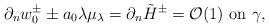
LaTeX: \begin{align*}\partial_n w_0^\pm\pm a_0\lambda\mu_\lambda=\partial_n \tilde H^\pm=\mathcal O(1)\ \hbox{on}\ \gamma,\end{align*}